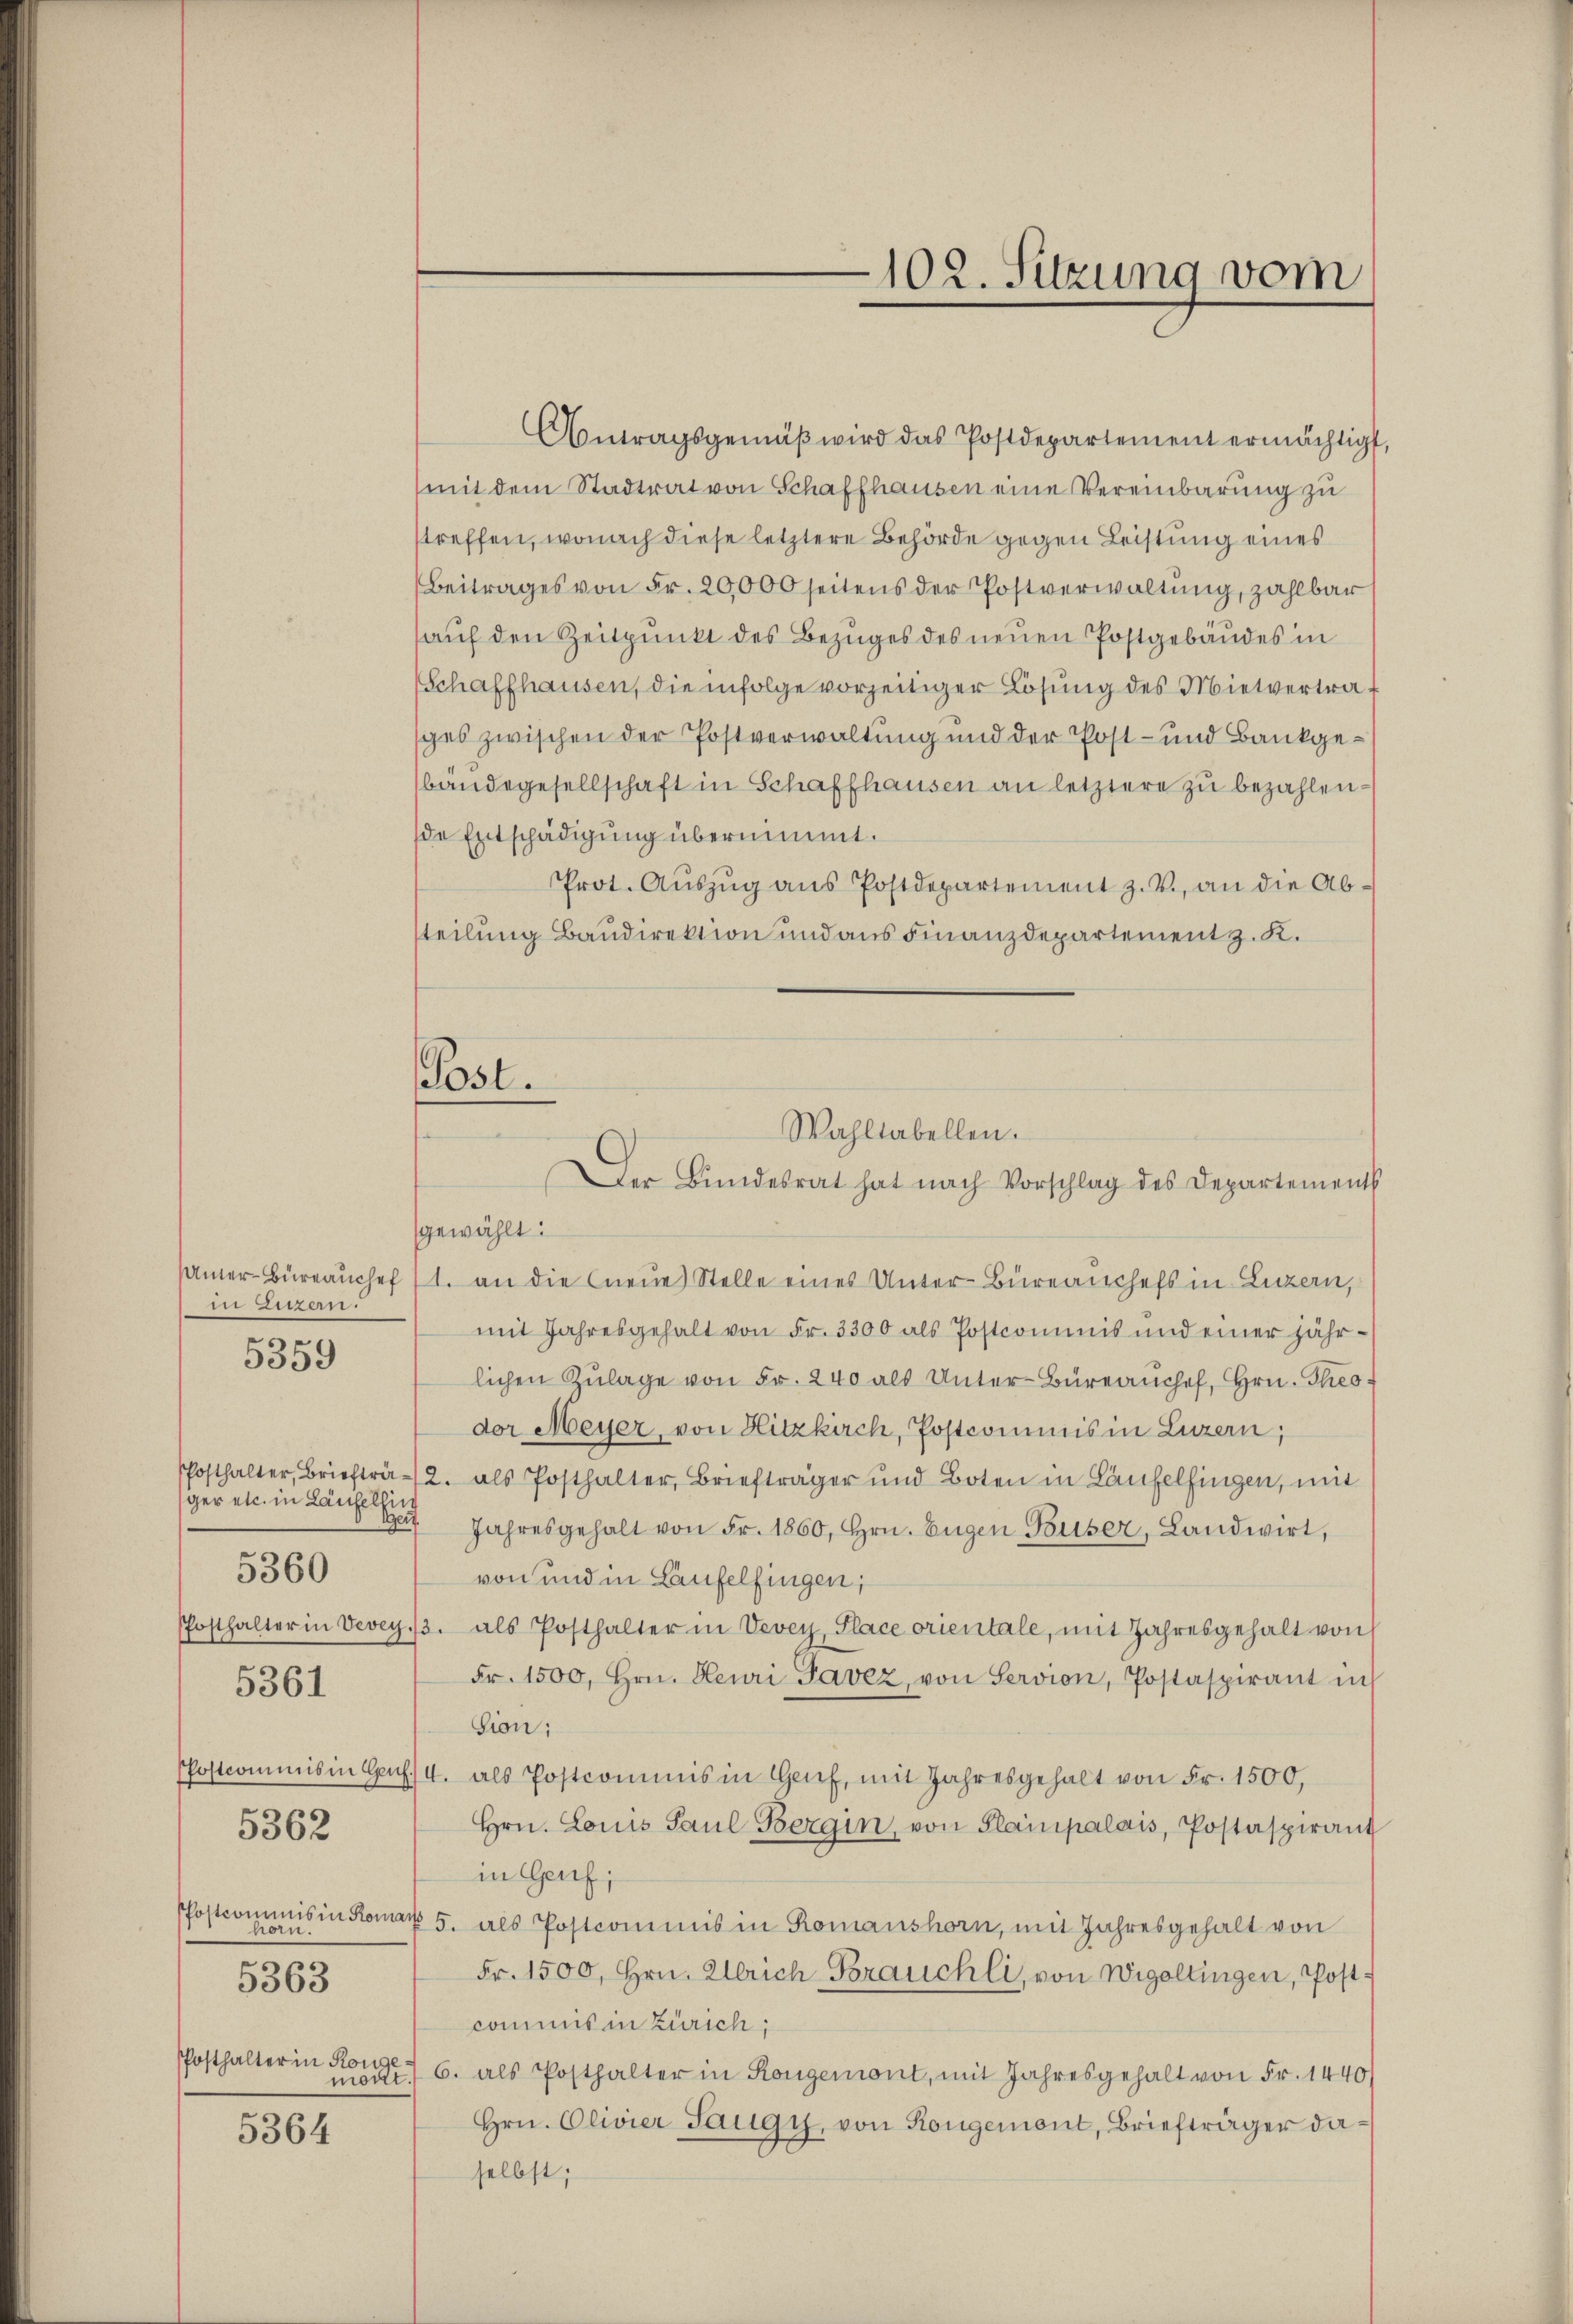
in Luzern.

5359

ger etc. in Laufelsin
eu
5362
hörn.
5363
PPosthalter in Ronge
mödt.

5360

5361

5364

Antragsgemäβ wird das Postdepartement ermächtigt,
mit dem Stadtrat von Schaffhausen eine Vereinbarung zu
streffen, wonach diese letztere Behörde gegen Leistung eines
Beitrages von Fr. 20,000 seitens der Postverwaltung, zahlbar
aŭf den Zeitpunkt des Bezuges des neuen Postgebäudes in
(Schaffhausen, die infolge vorzeitiger Lösung des Mietvertrasches zwischen der Postverwaltung und der Post- und Bankgebändegesellschaft in Schaffhausen an letztere zu bezahlende Entschädigung übernimmt.
Prot. Aŭszŭg ans Postdepartement z. B. an die Ab-
teilung Baudirektion und aus Finanzdepartement z. K.
Post.

102. Sitzung vom

Wahltabellen.
Der Bŭndesrat hat nach Vorschlag des Departements

gewählt:
samer Büreaŭchef (1. an die neue Stelle eines Unter-Büreauchefs in Luzern,
mit Jahresgehalt von Fr. 3300 als Postcommis und einer jähr-
lichen Zŭlage von Fr. 240 als Unter-Büreaŭchef, Hrn. Theo-
dor Meyer, von Hitzkirch, Postcommis in Luzern,
Phosthalter, Briefträ- 2. als Posthalter, Briefträger und Boten in Laufelfingen, mit
Jahresgehalt von Fr. 1860, Hrn. Eugen Buser, Landwirt,
von und in Laufelfingen;
Posthalter in Vevey 13. als Posthalter in Vevey, Place orientale, mit Jahresgehalt von
Fr. 1500, Hrn. Heuri-Javez, von Servion, Postaspirant in
Sion;
Postcommis in Ges. 4. als Postcommis in Genf, mit Jahresgehalt von Fr. 1500,
Hrn. Louis Paul Bergin, von Planpalais, Postaspirant
in Genf;
Postcommis in Komar 5. als Postcommis in Romanshorn, mit Jahresgehalt von
Fr. 1500, Hrn. Ulrich Brauchli, von Wigoltingen, Postcommis in Zürich;
6. als Posthalter in Kongemont, mit Jahresgehalt von Fr. 1440
Hrn. Olivier Saugy, von Rongemont, Briefträger daselbst;